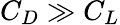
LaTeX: C_{D}\gg C_{L}